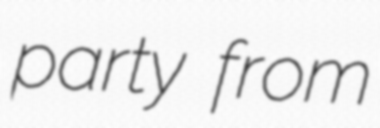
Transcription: party from